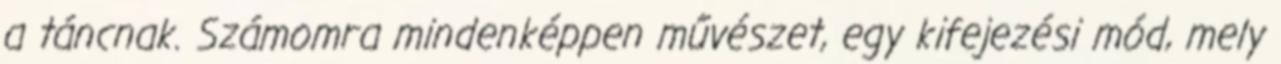
a táncnak. Számomra mindenképpen művészet, egy kifejezési mód, mely